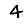
Digit: 4